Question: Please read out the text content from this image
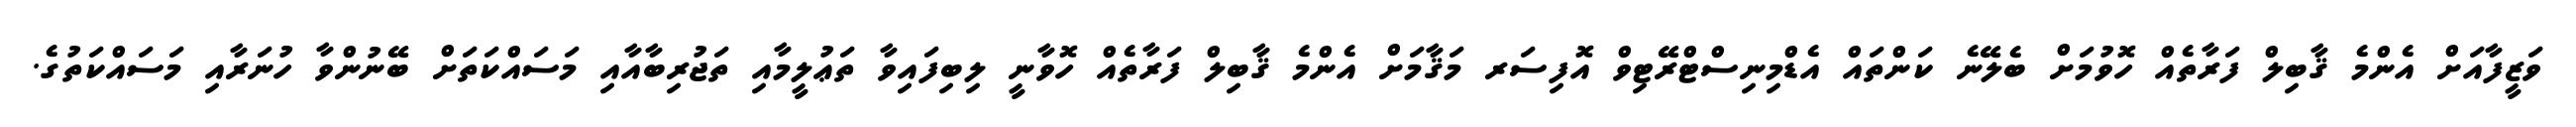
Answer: ވަޒީފާއަށް އެންމެ ޤާބިލް ފަރާތެއް ހޮވުމަށް ބެލޭނެ ކަންތައް އެޑްމިނިސްޓްރޭޓިވް އޮފިސަރ މަޤާމަށް އެންމެ ޤާބިލް ފަރާތެއް ހޮވާނީ ލިބިފައިވާ ތަޢުލީމާއި ތަޖުރިބާއާއި މަސައްކަތަށް ބޭނުންވާ ހުނަރާއި މަސައްކަތުގެ.